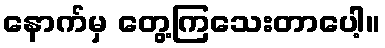
နောက်မှ တွေ့ကြသေးတာပေါ့။